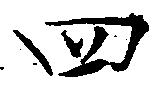
四